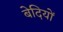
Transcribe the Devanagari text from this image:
बेदियों